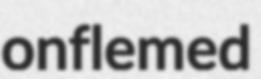
onflemed